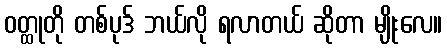
ဝတ္ထုတို တစ်ပုဒ် ဘယ်လို ရလာတယ် ဆိုတာ မျိုးလေ။